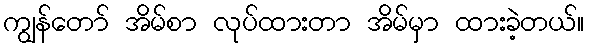
ကျွန်တော် အိမ်စာ လုပ်ထားတာ အိမ်မှာ ထားခဲ့တယ်။